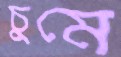
চুমে